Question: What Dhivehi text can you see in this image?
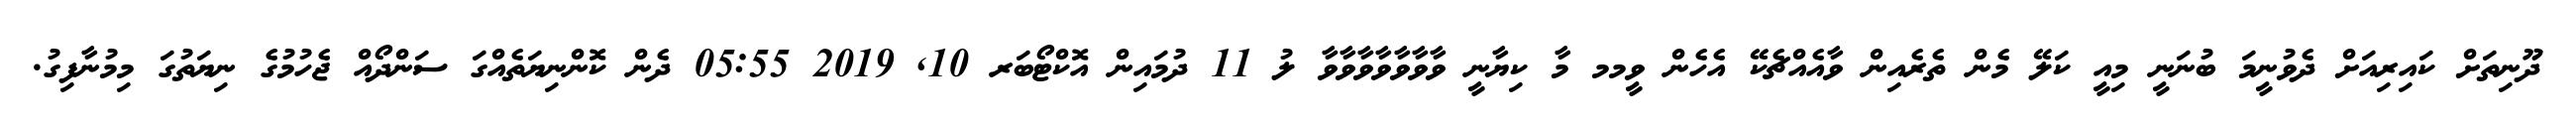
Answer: ދޫނިތަށް ކައިރިއަށް ދެވުނީމަ ބުނަނީ މިއީ ކަލޭ މެން ތެރެއިން ވާއެއްޗެކޭ އެހެން ވީމމ މާ ކިޔާނީ ވާވާވާވާވާވާވާ ލު 11 ދުމައިން އޮކްޓޯބަރ 10, 2019 05:55 ދެން ކޮންނިޔަތެއްގަ ސަންދޯއް ޖެހުމުގެ ނިޔަތުގަ މިމުނާފިގު.